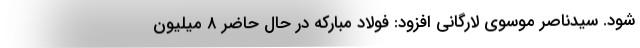
شود. سیدناصر موسوی لارگانی افزود: فولاد مبارکه در حال حاضر ۸ میلیون